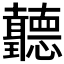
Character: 𦘏